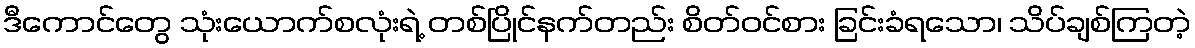
ဒီကောင်တွေ သုံးယောက်စလုံးရဲ့ တစ်ပြိုင်နက်တည်း စိတ်ဝင်စား ခြင်းခံရသော၊ သိပ်ချစ်ကြတဲ့